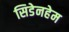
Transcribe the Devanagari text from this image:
सिडेनहेम